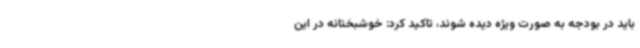
باید در بودجه به صورت ویژه دیده شوند، تاکید کرد: خوشبختانه در این